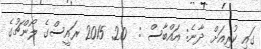
ގައި ކުރިއަށް ދާނެ: އައްބާސް :  20